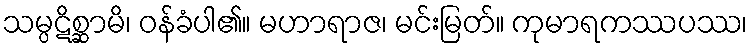
သမ္ပဋိစ္ဆာမိ၊ ဝန်ခံပါ၏။ မဟာရာဇ၊ မင်းမြတ်။ ကုမာရကဿပဿ၊